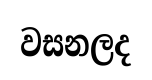
වසනලද